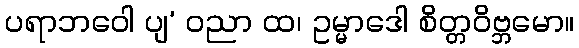
ပရာဘဝေါ ပျ’ ဝညာ ထ၊ ဥမ္မာဒေါ စိတ္တဝိဗ္ဘမော။